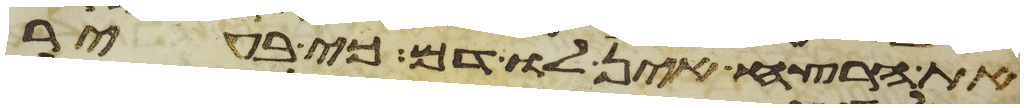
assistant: את הרצח אין לו דם כי בעיר